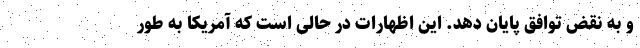
و به نقض توافق پایان دهد. این اظهارات در حالی است که آمریکا به طور